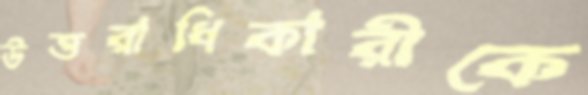
উত্তরাধিকারীকে